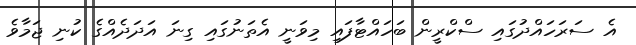
އެ ސަރަހައްދުގައި ސްކްރީން ބަހައްޓާފައި މިވަނީ އެތަނުގައި ގިނަ އަދަދެއްގެ ކުނި ޖަމާވެ